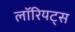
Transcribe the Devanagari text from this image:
लॉरियट्स